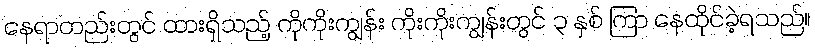
နေရာတည်းတွင် ထားရှိသည့် ကိုကိုးကျွန်း ကိုးကိုးကျွန်းတွင် ၃ နှစ် ကြာ နေထိုင်ခဲ့ရသည်။